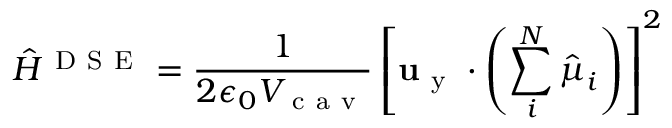
\hat { H } ^ { \mathrm { ~ D ~ S ~ E ~ } } = \frac { 1 } { 2 \epsilon _ { 0 } V _ { \mathrm { ~ c ~ a ~ v ~ } } } \left[ { \bf { u } } _ { \mathrm { ~ y ~ } } \cdot \left( \sum _ { i } ^ { N } \hat { { \boldsymbol { \mu } } } _ { i } \right) \right] ^ { 2 }